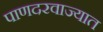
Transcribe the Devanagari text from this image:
पाणदरवाज्यात